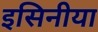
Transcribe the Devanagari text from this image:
इसिनीया